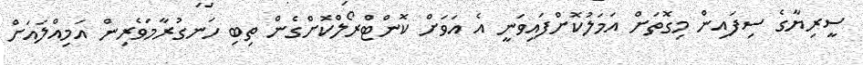
ސީރިޔާގެ ސިފައިން މިގޮތަށް އަމަލުކޮށްފައިވަނީ އެ އަވަށް ކޮންޓްރޯލްކޮށްގެން ތިބި ހަނގުރާމަވެރިން އަމިއްލައަށް